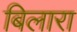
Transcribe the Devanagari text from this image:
बिलारा